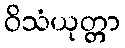
ဝိသံယုတ္တာ